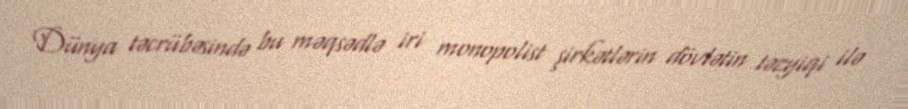
Dünya təcrübəsində bu məqsədlə iri monopolist şirkətlərin dövlətin təzyiqi ilə